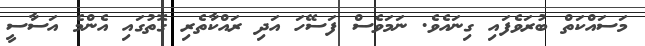
މަސައްކަތް ބުރަވެފައި ގިނައެވެ. ނަމަވެސް ފަސޭހަ އަދި ރައްކާތެރި ގޮތުގައި އެންމެ އަސާސީ